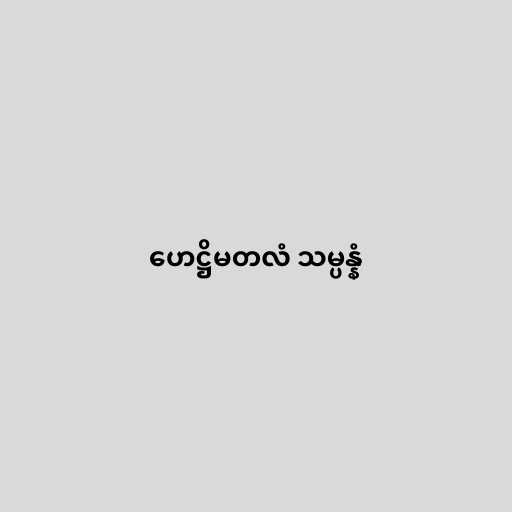
ဟေဋ္ဌိမတလံ သမ္ပန္နံ